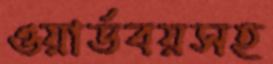
ওয়ার্ডবয়সহ